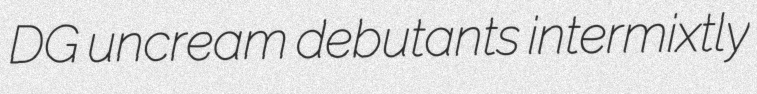
DG uncream debutants intermixtly